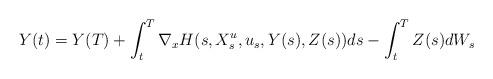
LaTeX: \begin{align*}Y(t) = Y(T) + \int_t^T \nabla_x H(s,X^u_s,u_s,Y(s),Z(s))ds - \int_t^T Z(s)dW_s\end{align*}